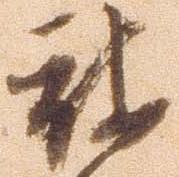
被